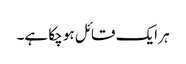
ہر ایک قائل ہو چکا ہے۔